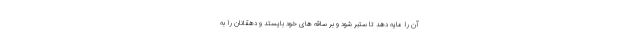
آن را مايه دهد تا ستبر شود و بر ساقه هاى خود بايستد و دهقانان را به